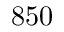
8 5 0